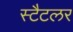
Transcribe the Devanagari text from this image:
स्टैटलर